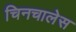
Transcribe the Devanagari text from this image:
चिनचालेस